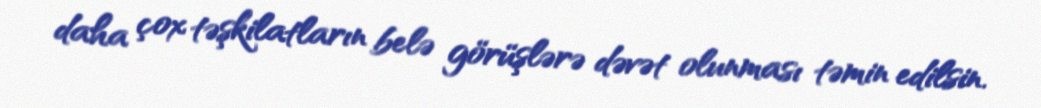
daha çox təşkilatların belə görüşlərə dəvət olunması təmin edilsin.